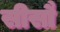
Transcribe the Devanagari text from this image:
सीसौ